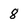
Character: 8